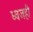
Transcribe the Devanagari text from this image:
ध्वजही